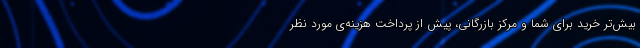
بیش‌تر خرید برای شما و مرکز بازرگانی، پیش از پرداخت هزینه‌ی مورد نظر